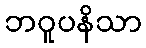
ဘဝူပနိသာ